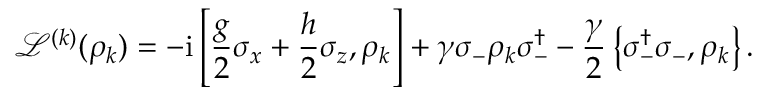
\mathcal { L } ^ { ( k ) } ( \rho _ { k } ) = - \mathrm { i } \left[ \frac { g } { 2 } \sigma _ { x } + \frac { h } { 2 } \sigma _ { z } , \rho _ { k } \right] + \gamma \sigma _ { - } \rho _ { k } \sigma _ { - } ^ { \dagger } - \frac { \gamma } { 2 } \left\{ \sigma _ { - } ^ { \dagger } \sigma _ { - } , \rho _ { k } \right\} .